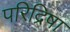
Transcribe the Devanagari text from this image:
परिद्रिषा